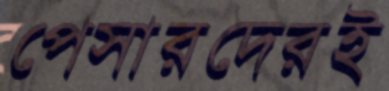
পেসারদেরই